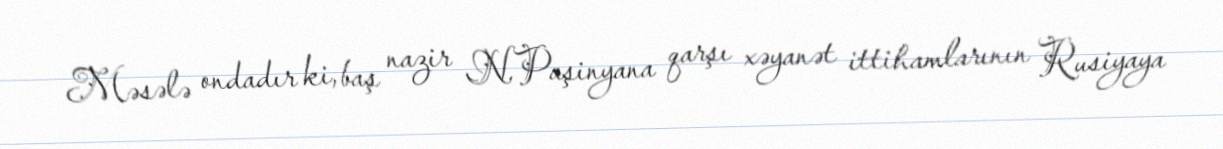
Məsələ ondadır ki, baş nazir N.Paşinyana qarşı xəyanət ittihamlarının Rusiyaya